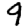
Digit: 9